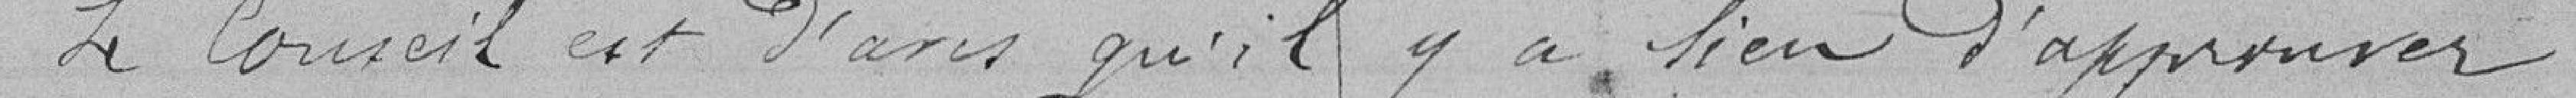
Le Conseil est d'avis qu'il y a lieu d'approuver